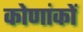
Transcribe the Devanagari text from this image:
कोणांकों